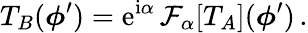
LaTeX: T_{B}(\boldsymbol\phi^{\prime})=\mathrm{e}^{\mathrm{i}\alpha}\, {\mathcal F}_{\alpha}[T_{A}](\boldsymbol\phi^{\prime})\, .